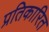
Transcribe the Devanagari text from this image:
प्रतिकारित